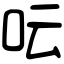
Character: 呍